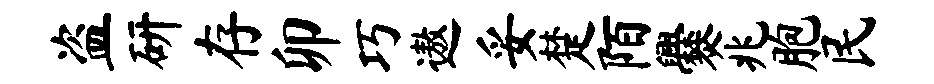
盗研存卯巧遨妥楚陌爨兆胞民